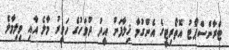
ޓްރާންސްޕޯޓު އޮތޯރިޓީގެ އެންގުމާ ޚިލާފަށް އީދު ދުވަހުގެ ހަވީރު މާލެ އާއި ވިލިމާލެ